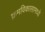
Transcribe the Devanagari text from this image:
क्रमविकासामध्ये